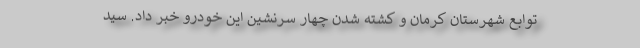
توابع شهرستان کرمان و کشته شدن چهار سرنشین این خودرو خبر داد. سید